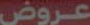
عروض